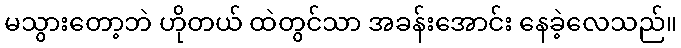
မသွားတော့ဘဲ ဟိုတယ် ထဲတွင်သာ အခန်းအောင်း နေခဲ့လေသည်။